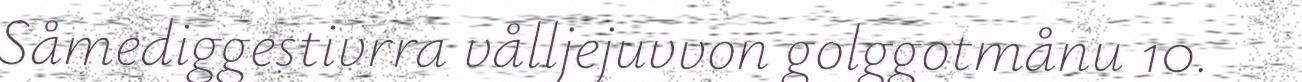
Såmediggestivrra vålljejuvvon golggotmånu 10.